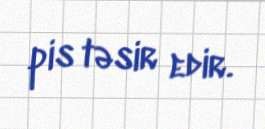
pis təsir edir.